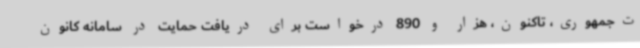
ت‌جمهوری، تاکنون، هزار و 890 درخواست برای دریافت حمایت در سامانه کانون